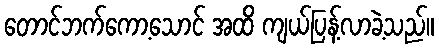
တောင်ဘက်ကော့သောင် အထိ ကျယ်ပြန့်လာခဲ့သည်။